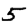
Digit: 5